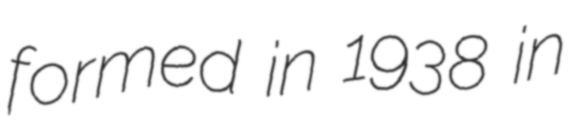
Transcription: formed in 1938 in